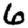
Digit: 6